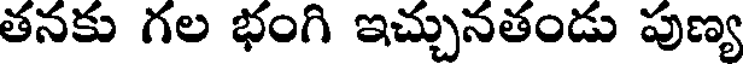
తనకు గల భంగి ఇచ్చునతండు పుణ్య